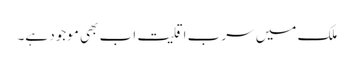
ملک میں سرب اقلیت اب بھی موجود ہے۔